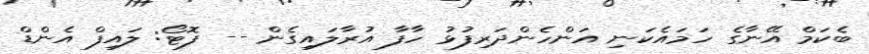
ބެކަމް އޭނާގެ ހަމައެކަނި އަންހެންދަރިފުޅު ހާފާ އުރާލައިގެން -- ފޮޓޯ: ލައިފް އެންޑް